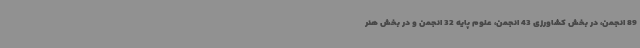
89 انجمن، در بخش کشاورزی 43 انجمن، علوم پایه 32 انجمن و در بخش هنر